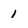
Character: 1